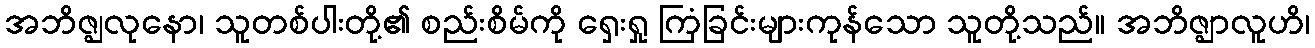
အဘိဇ္ဈလုနော၊ သူတစ်ပါးတို့၏ စည်းစိမ်ကို ရှေးရှု ကြံခြင်းများကုန်သော သူတို့သည်။ အဘိဇ္ဈာလူဟိ၊